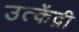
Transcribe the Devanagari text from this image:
उत्केंद्री